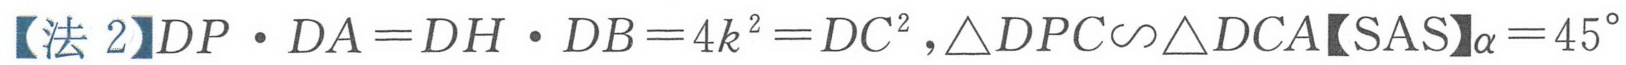
【法 2】$DP\cdot DA = DH\cdot DB = 4k^{2}=DC^{2},\triangle DPC\backsim\triangle DCA【SAS】\alpha = 45^{\circ}$